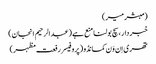
(مبشر میر)
خبر دار ، سچ بولنا منع ہے (عبدالرحیم انجان)
تھری اِن وَن کمانڈو (پروفیسر رفعت مظہر)